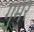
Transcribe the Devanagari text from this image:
गुमर